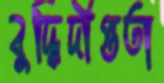
বুদ্ধিদীপ্ততা